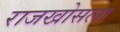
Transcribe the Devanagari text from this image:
राजखोसला